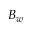
B _ { w }